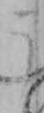
う